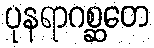
ပုနရာဂစ္ဆတေ